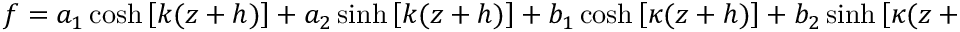
\begin{array} { r } { f = a _ { 1 } \cosh \left[ k ( z + h ) \right] + a _ { 2 } \sinh \left[ k ( z + h ) \right] + b _ { 1 } \cosh \left[ \kappa ( z + h ) \right] + b _ { 2 } \sinh \left[ \kappa ( z + h ) \right] \; , } \end{array}